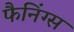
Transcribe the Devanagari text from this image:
फैनिंग्स